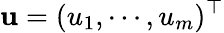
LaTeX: \mathbf{u}=(u_{1},\cdots,u_{m})^{\top}